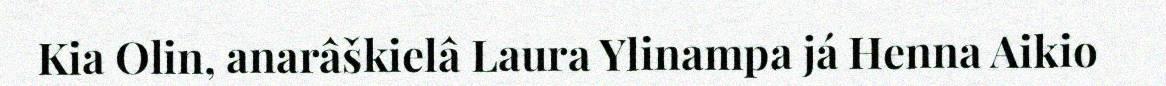
Kia Olin, anarâškielâ Laura Ylinampa já Henna Aikio